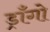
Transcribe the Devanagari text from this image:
ड्राँगो